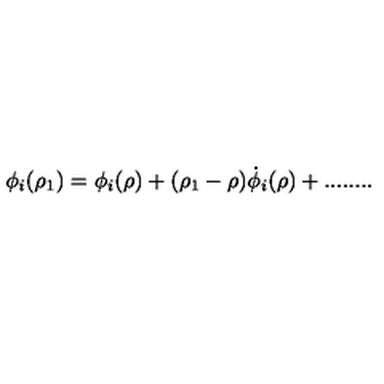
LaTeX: \phi _ { i } ( \rho _ { 1 } ) = \phi _ { i } ( \rho ) + ( \rho _ { 1 } - \rho ) \dot { \phi } _ { i } ( \rho ) + . . . . . . . .